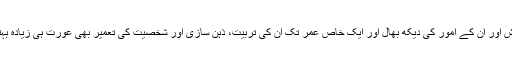
اسی طرح بچوں کی پرورش اور ان کے امور کی دیکھ بھال اور ایک خاص عمر تک ان کی تربیت، ذہن سازی اور شخصیت کی تعمیر بھی عورت ہی زیادہ بہتر انداز میں کر سکتی ہے۔